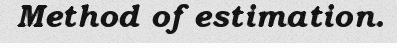
Method of estimation.